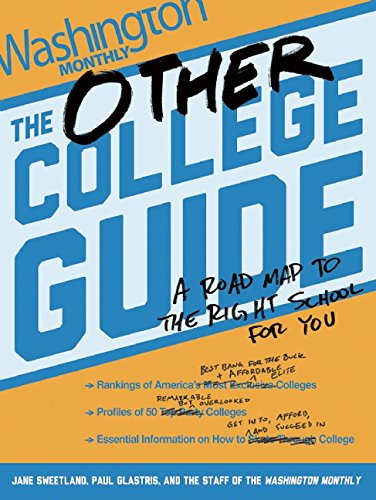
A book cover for The Other College Guide: A Roadmap to the Right School for You; Jane Sweetland; Education & Teaching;